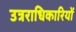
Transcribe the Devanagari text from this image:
उत्रराधिकारियों